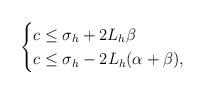
LaTeX: \begin{align*}\begin{cases}c{}\leq{}\sigma_h{}+{}2L_h\beta\\c{}\leq{}\sigma_h{}-{}2L_h(\alpha+\beta),\end{cases}\end{align*}